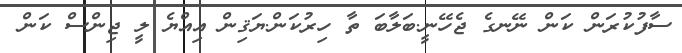
ސާފުކުރަން ކަން ނޭނގެ ޖެހޭނީ.ބަލާބަ ތާ ހިރުކަން.ޔަޤިން އިއްޔެ ލީ ޖިންސް ކަން